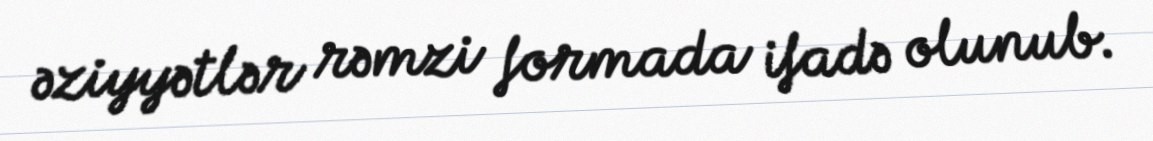
əziyyətlər rəmzi formada ifadə olunub.